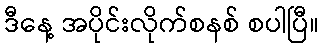
ဒီနေ့ အပိုင်းလိုက်စနစ် စပါပြီ။